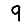
Digit: 9